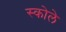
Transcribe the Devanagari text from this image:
स्कोले